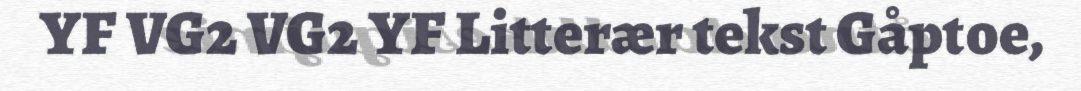
YF VG2 VG2 YF Litterær tekst Gåptoe,